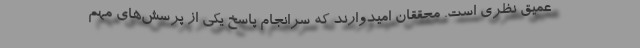
عمیق نظری است. محققان امیدوارند که سرانجام پاسخ یکی از پرسش‌های مهم